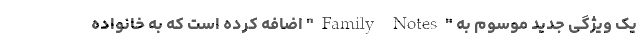
یک ویژگی جدید موسوم به "Family Notes" اضافه کرده است که به خانواده